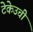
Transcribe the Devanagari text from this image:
टेकेउची